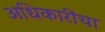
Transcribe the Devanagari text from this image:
अधिकारींचा